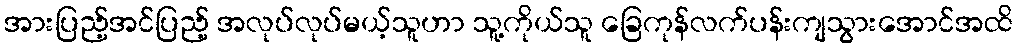
အားပြည့်အင်ပြည့် အလုပ်လုပ်မယ့်သူဟာ သူ့ကိုယ်သူ ခြေကုန်လက်ပန်းကျသွားအောင်အထိ